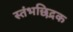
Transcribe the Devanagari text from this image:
स्तंभछिद्रक